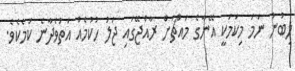
ލިބުނު ނަމަ މިކަމަކީ އޭނާގެ މައްޗަށް ރާއްޖޭގައި ޖަލު ހުކުމެއް އަތުވެދާނެ ކަމެކެވެ.